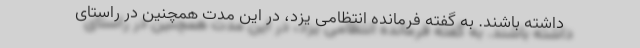
داشته باشند. به گفته فرمانده انتظامی یزد، در این مدت همچنین در راستای